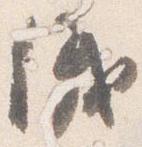
儀